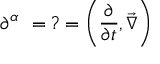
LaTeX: \partial ^ { \alpha } \ = ? = \left( { \frac { \partial } { \partial t } } , { \vec { \nabla } } \right)